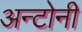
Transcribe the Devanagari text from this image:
अन्टोनी